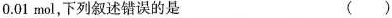
0 . 0 1 m o l$$，下列叙述错误的是 ( )